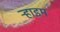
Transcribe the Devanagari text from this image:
ऱ्हाइम